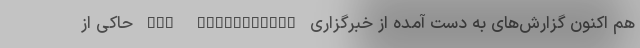
هم اکنون گزارش‌های به دست آمده از خبرگزاری The Information حاکی از